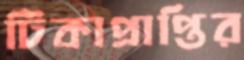
টিকাপ্রাপ্তির